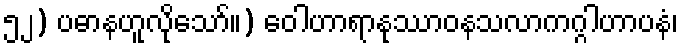
၅၂) ပဓာနဟူလိုသော်။) ဝေါဟာရာနုဿာဝနသလာကဂ္ဂါဟာပနံ၊